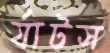
র‍্যাটস